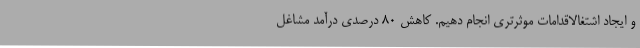
و ایجاد اشتغالاقدامات موثرتری انجام دهیم. کاهش 80 درصدی درآمد مشاغل